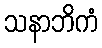
သနာဘိကံ